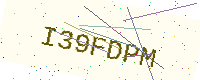
Text: I39FDPM